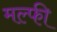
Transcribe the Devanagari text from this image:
मल्फी